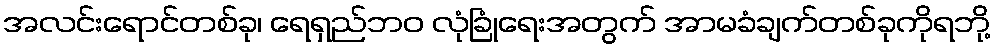
အလင်းရောင်တစ်ခု၊ ရေရှည်ဘဝ လုံခြုံရေးအတွက် အာမခံချက်တစ်ခုကိုရဘို့